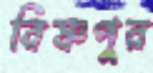
বিষ্ণপুর